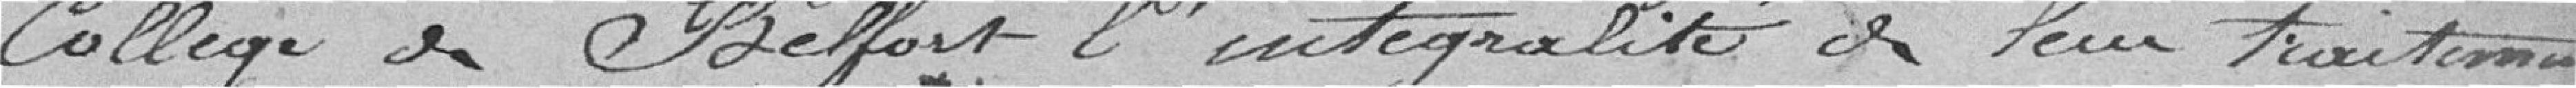
collège de Belfort l'intégralité de leur traitement